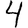
Digit: 4